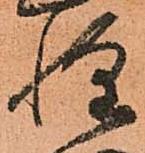
惶